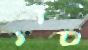
טור